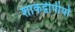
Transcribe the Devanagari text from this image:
शाकद्वीपीयों